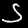
Label: 5